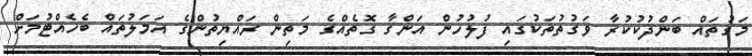
މަގުތައް ބަންދުކުކުރާ ވަގުތުތަކުގައި ފުލުހުން އަންގާ ގޮތެއްގެ މަތިން ރައްޔިތުންގެ އަމަލުތައް ބެހެއްޓުމަށް